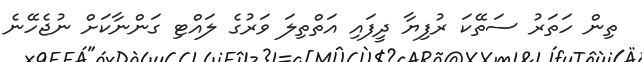
ތިން ހަތަރު ސަތޭކަ ރުފިޔާ ދީފައި އަތްތިލަ ވަރުގެ ލައްޓި ގަންނާކަށް ނުޖެހޭނެ